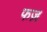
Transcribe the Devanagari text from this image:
फज़